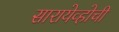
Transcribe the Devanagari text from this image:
सारायेव्होची